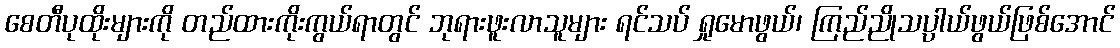
စေတီပုထိုးများကို တည်ထားကိုးကွယ်ရာတွင် ဘုရားဖူးလာသူများ ရင်သပ် ရှုမောဖွယ်၊ ကြည်ညိုသပ္ပာယ်ဖွယ်ဖြစ်အောင်